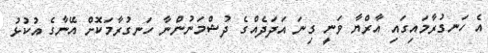
އެ ހަނގުރާމައިގައި އާރްޔާ ވަނީ ގިނަ އަދަދެއްގެ ދުޝްމަނުންނާ ހަނގުރާމަކޮށް އޭނާގެ އުކުޅު